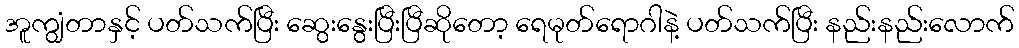
အူကျွံတာနှင့် ပတ်သက်ပြီး ဆွေးနွေးပြီးပြီဆိုတော့ ရေမုတ်ရောဂါနဲ့ ပတ်သက်ပြီး နည်းနည်းလောက်